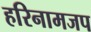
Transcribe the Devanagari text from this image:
हरिनामजप